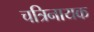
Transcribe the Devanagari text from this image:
चत्रिनायक